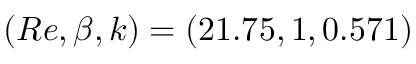
( R e , \beta , k ) = ( 2 1 . 7 5 , 1 , 0 . 5 7 1 )